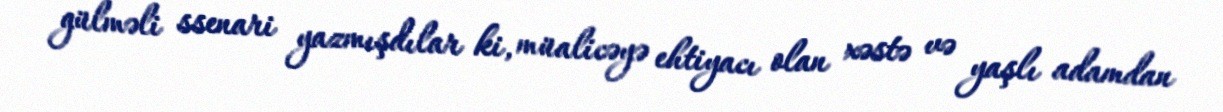
gülməli ssenari yazmışdılar ki, müalicəyə ehtiyacı olan xəstə və yaşlı adamdan